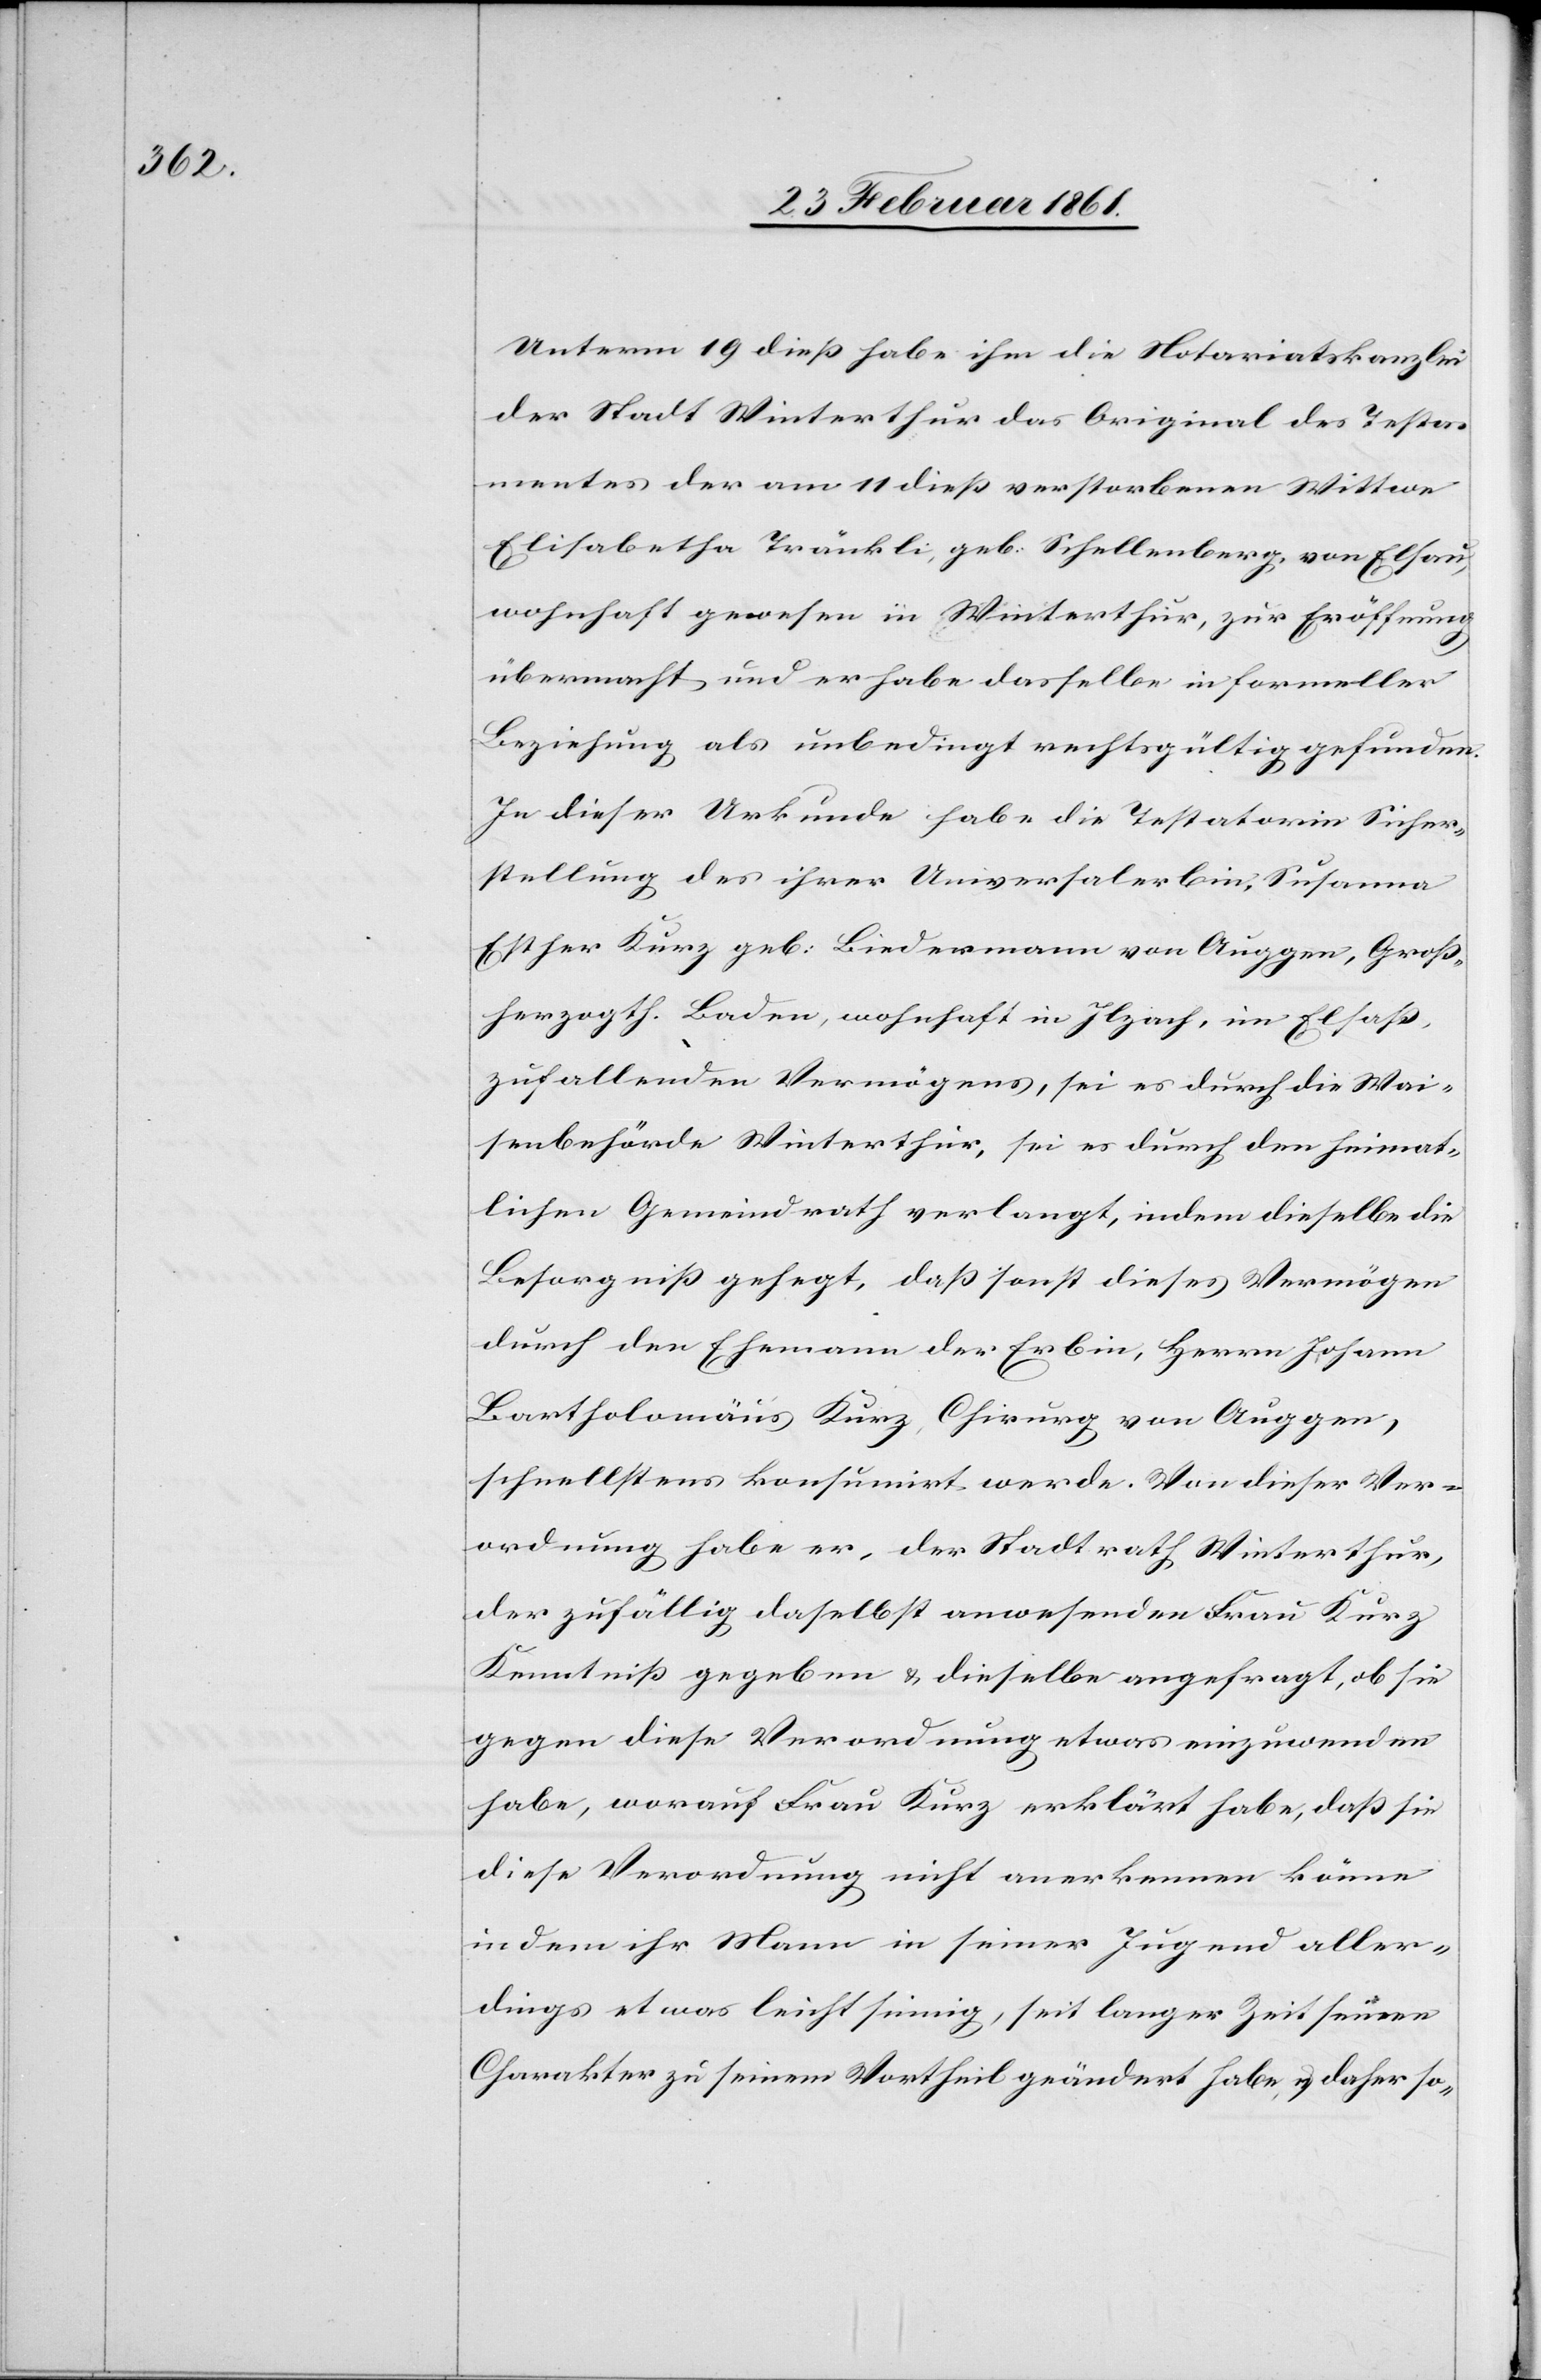
Unterm 19 diess habe ihm die Notariatskanzlei
der Stadt Winterthur das Original des Testa¬
mentes der am 11 diess verstorbenen Wittwe
Elisabetha Tränkli, geb: Schellenberg, von Elsau,
wohnhaft gewesen in Winterthur, zur Eröffnung
übermacht und er habe dasselbe in formeller
Beziehung als unbedingt rechtsgültig gefunden.
In dieser Urkunde habe die Testatorin Sicher¬
stellung des ihrer Universalerbin Susanna
Esther Kurz geb: Biedermann von Auggen, Gros¬
sherzogth. Baden, wohnhaft in Ilzach, im Elsass,
zufallenden Vermögens, sei es durch die Wai¬
senbehörde Winterthur, sei es durch den heimat¬
lichen Gemeindrath verlangt, indem dieselbe die
Besorgniss gehegt, dass sonst dieses Vermögen
durch den Ehemann der Erbin, Herrn Johann
Bartholomäus Kurz, Chirurg von Auggen,
schnellstens konsumirt werde. Von dieser Ver¬
ordnung habe er, der Stadtrath Winterthur,
der zufällig daselbst anwesenden Frau Kurz
Kenntniss gegeben u. dieselbe angefragt, ob sie
gegen diese Verordnung etwas einzuwenden
habe, worauf Frau Kurz erklärt habe, dass sie
diese Verordnung nicht anerkennen könne
indem ihr Mann in seiner Jugend aller¬
dings etwas leichtsinnig, seit langer Zeit seinen
Charakter zu seinem Vortheil geändert habe, u. daher so-